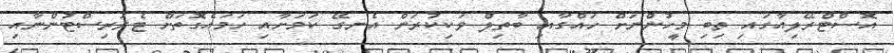
އޮސްޓްރޭލިއާގައި ތިބި މީހުންނަށް ހައްގާއި ބާތިލް ވަކިކުރަން އެނގޭ ކަމަށާއި ހަމައެގޮތަށް ޓެރަރިސްޓުންނާއި